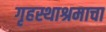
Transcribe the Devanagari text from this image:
गृहस्थाश्रमाचा